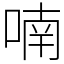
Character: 喃